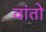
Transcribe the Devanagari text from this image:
वांतो